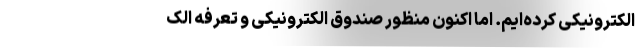
الکترونیکی کرده‌ایم. اما اکنون منظور صندوق الکترونیکی و تعرفه الک